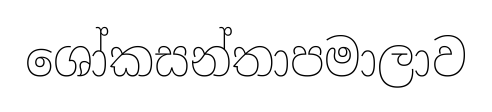
ශෝකසන්තාපමාලාව